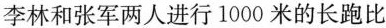
李林和张军两人进行1000米的长跑比